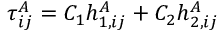
\tau _ { i j } ^ { A } = C _ { 1 } h _ { 1 , i j } ^ { A } + C _ { 2 } h _ { 2 , i j } ^ { A }